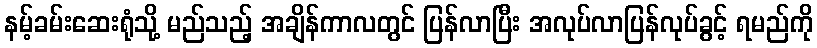
နမ့်ခမ်းဆေးရုံသို့ မည်သည့် အချိန်ကာလတွင် ပြန်လာပြီး အလုပ်လာပြန်လုပ်ခွင့် ရမည်ကို